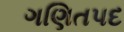
ગણિતપદ